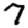
Digit: 7